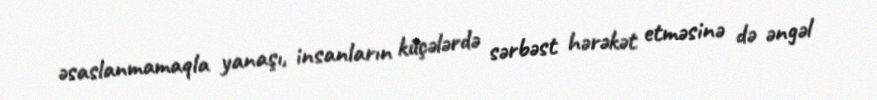
əsaslanmamaqla yanaşı, insanların küçələrdə sərbəst hərəkət etməsinə də əngəl